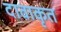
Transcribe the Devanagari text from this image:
दावाकृत